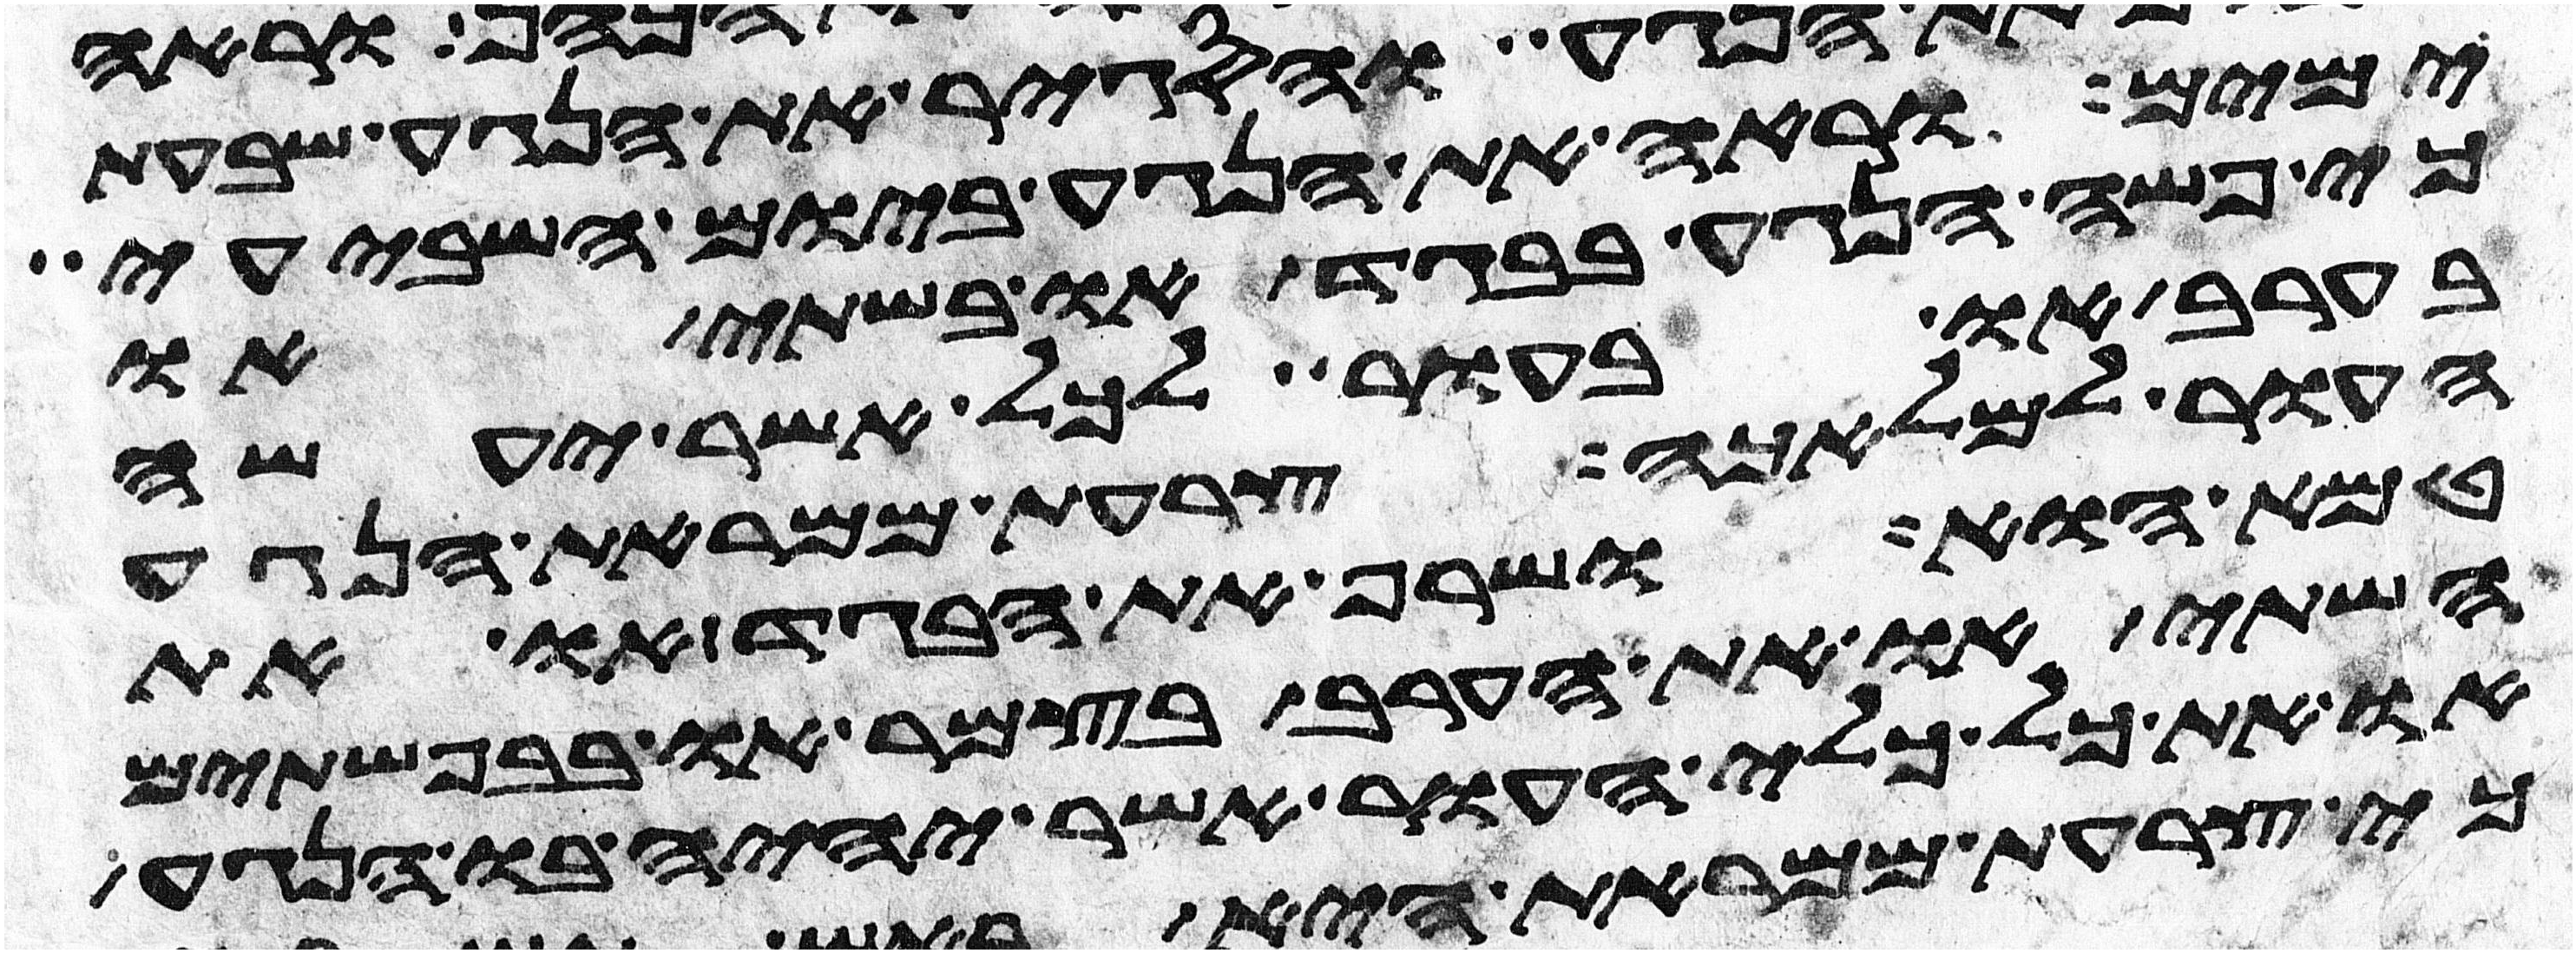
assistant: ימים וראה את הנגע ביום השביעי
כי פשה הנגע בבגד או בשתי או
בערב או בעור לכל אשר יעשה
העור למלאכה צרעת ממראת הנגע
טמא הוא ושרף את הבגד או את
השתי או את הערב בצמר או בפשתים
או את כל כלי העור אשר יהיה בו הנגע